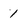
Character: 1